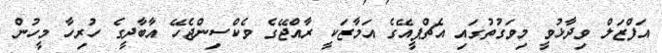
އަފްޒަލް ވިދާޅުވީ މިވަގުތުގައި އެޗްޕީއޭގެ އަމާޒަކީ ރާއްޖޭގެ ވެކްސިންޖެހޭ އާބާދީގެ ހުރިހާ މީހުން